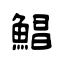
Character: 鯧